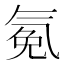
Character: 𰛂